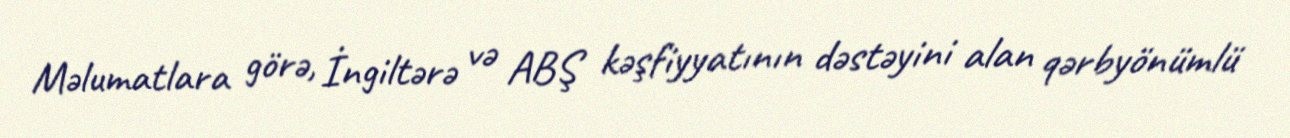
Məlumatlara görə, İngiltərə və ABŞ kəşfiyyatının dəstəyini alan qərbyönümlü